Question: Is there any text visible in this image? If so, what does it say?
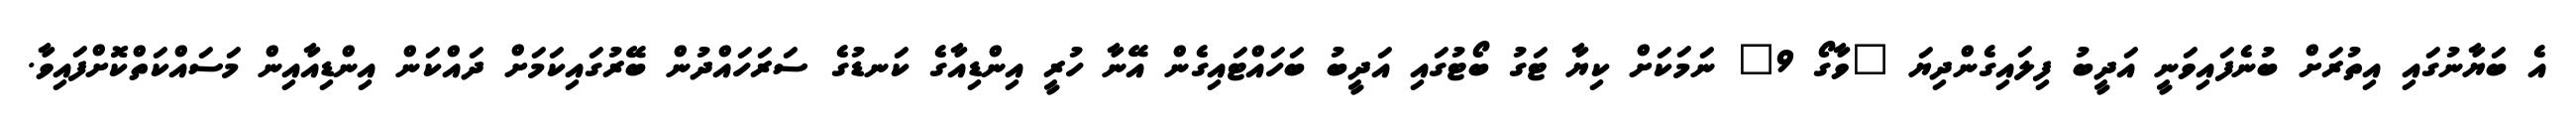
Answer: އެ ބަޔާނުގައި އިތުރަށް ބުނެފައިވަނީ އަދީބު ފިލައިގެންދިޔަ "ވާގޯ 9" ނަމަކަށް ކިޔާ ޓަގު ބޯޓުގައި އަދީބު ބަހައްޓައިގެން އޭނާ ހުރީ އިންޑިއާގެ ކަނޑުގެ ސަރަހައްދުން ބޭރުގައިކަމަށް ދައްކަން އިންޑިއާއިން މަސައްކަތްކޮށްފައިވާ.